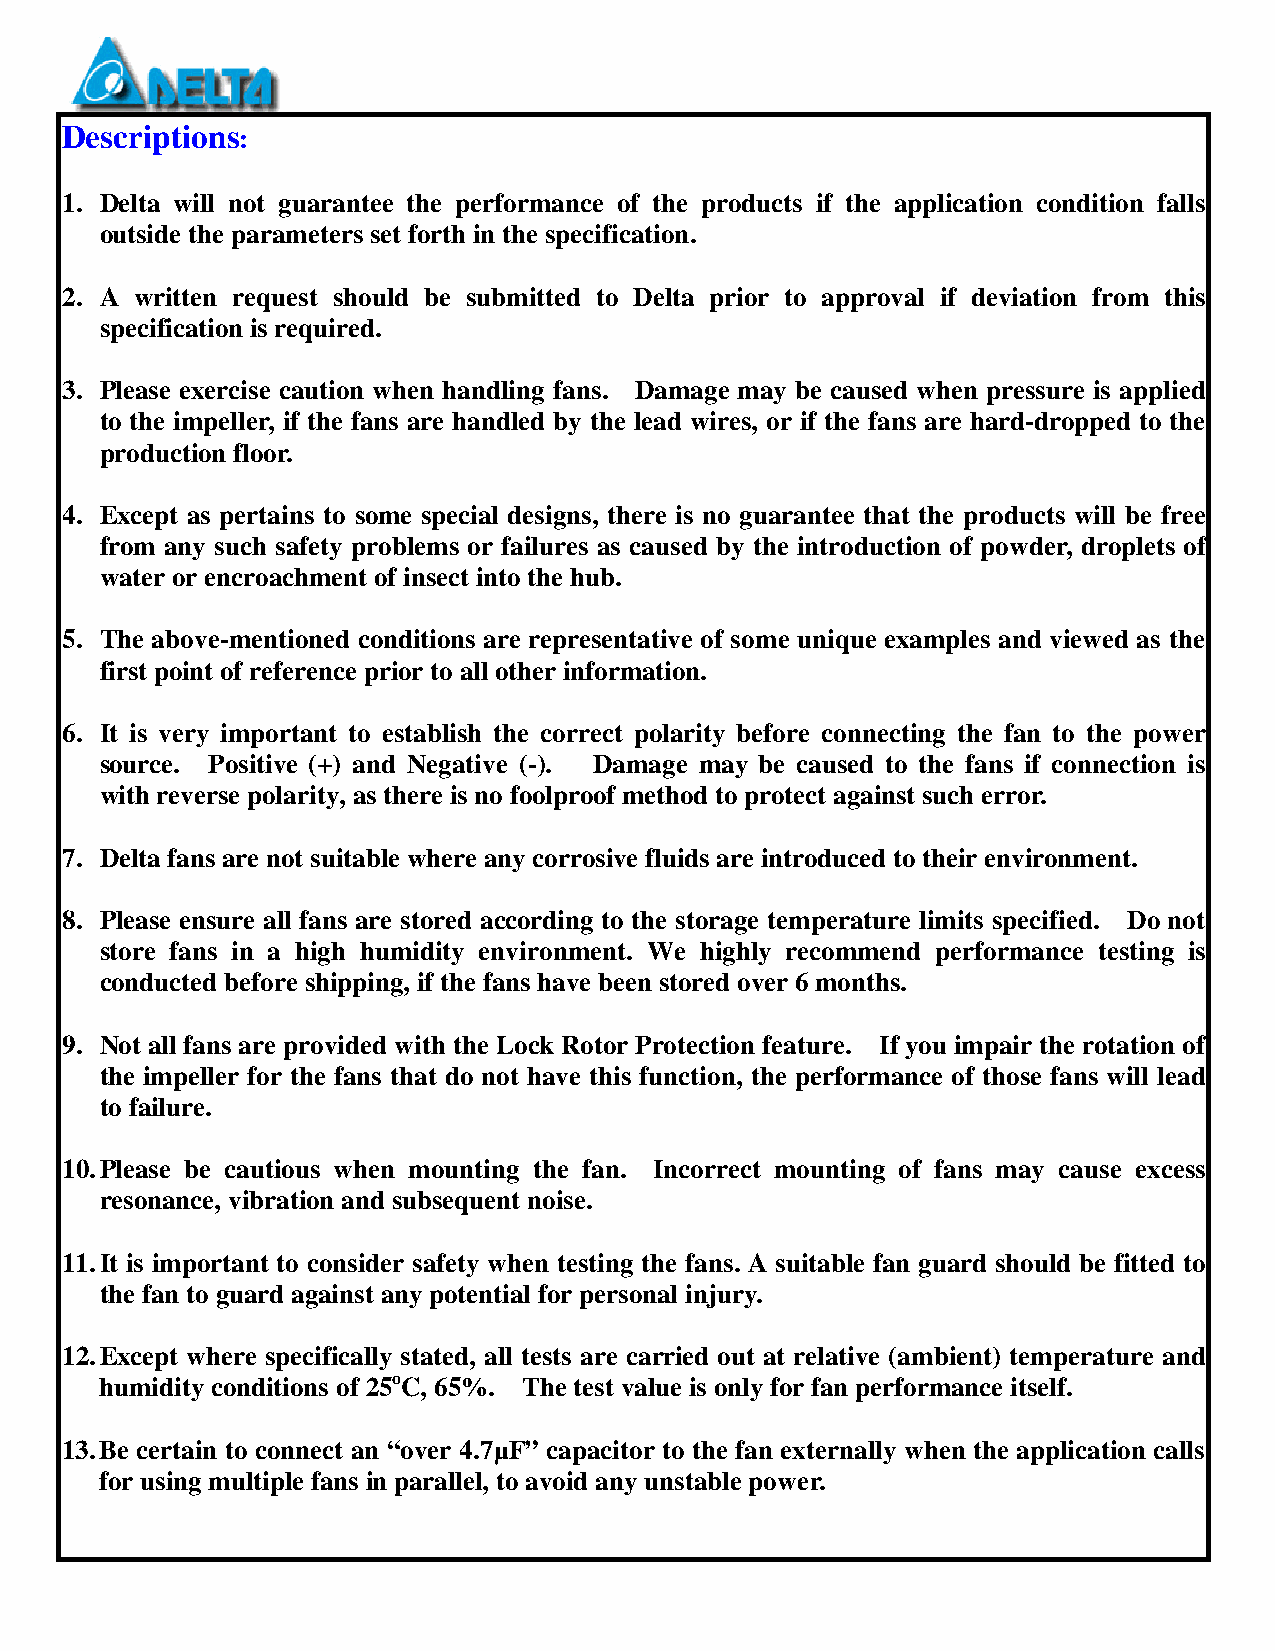
Descriptions:
 1. Delta will not guarantee the performance of the products if the application condition falls
 outside the parameters set forth in the specification.
 2. A written request should be submitted to Delta prior to approval if deviation from this
 specification is required.
 3. Please exercise caution when handling fans. Damage may be caused when pressure is applied
 to the impeller, if the fans are handled by the lead wires, or if the fans are hard-dropped to the
 production floor.
 4. Except as pertains to some special designs, there is no guarantee that the products will be free
 from any such safety problems or failures as caused by the introduction of powder, droplets of
 water or encroachment of insect into the hub.
 5. The above-mentioned conditions are representative of some unique examples and viewed as the
 first point of reference prior to all other information.
 6. It is very important to establish the correct polarity before connecting the fan to the power
 source. Positive (+) and Negative (-). Damage may be caused to the fans if connection is
 with reverse polarity, as there is no foolproof method to protect against such error.
 7. Delta fans are not suitable where any corrosive fluids are introduced to their environment.
 8. Please ensure all fans are stored according to the storage temperature limits specified. Do not
 store fans in a high humidity environment. We highly recommend performance testing is
 conducted before shipping, if the fans have been stored over 6 months.
 9. Not all fans are provided with the Lock Rotor Protection feature. If you impair the rotation of
 the impeller for the fans that do not have this function, the performance of those fans will lead
 to failure.
 10. Please be cautious when mounting the fan. Incorrect mounting of fans may cause excess
 resonance, vibration and subsequent noise.
 11. It is important to consider safety when testing the fans. A suitable fan guard should be fitted to
 the fan to guard against any potential for personal injury.
 12. Except where specifically stated, all tests are carried out at relative (ambient) temperature and
 humidity conditions of 25oC, 65%. The test value is only for fan performance itself.
 13. Be certain to connect an “over 4.7µF” capacitor to the fan externally when the application calls
 for using multiple fans in parallel, to avoid any unstable power.